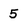
Character: 5